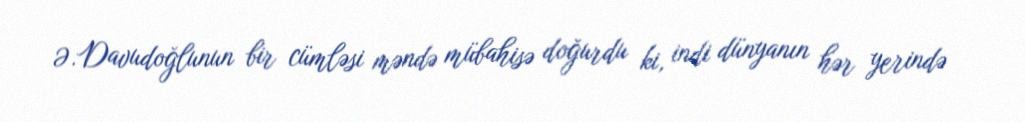
Ə.Davudoğlunun bir cümləsi məndə mübahisə doğurdu ki, indi dünyanın hər yerində